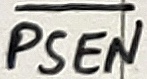
Text: PSEN